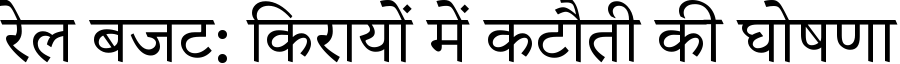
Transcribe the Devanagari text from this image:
रेल बजट: किरायों में कटौती की घोषणा